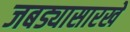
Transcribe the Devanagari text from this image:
जबड्यासारखे